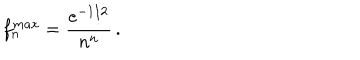
f _ { n } ^ { m a x } = { \frac { e ^ { - { 1 / 2 } } } { n ^ { n } } } \, .